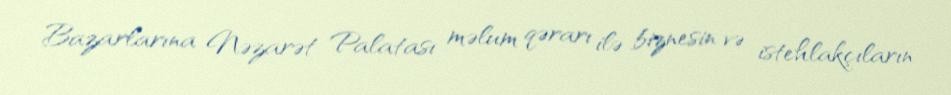
Bazarlarına Nəzarət Palatası məlum qərarı ilə biznesin və istehlakçıların